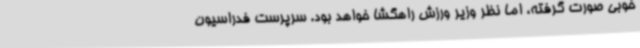
خوبی صورت گرفته، اما نظر وزیر ورزش راهگشا خواهد بود. سرپرست فدراسیون